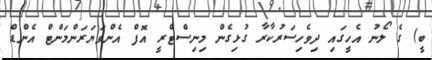
ބީ) ގެ ލޯނު އެހީގައި ދިވެހިސަރުކާރާ ގުޅިގެން މިނިސްޓްރީ އޮފް އެންވަޔަރަންމަންޓް އެންޑް